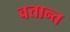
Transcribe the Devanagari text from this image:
वत्तान्त